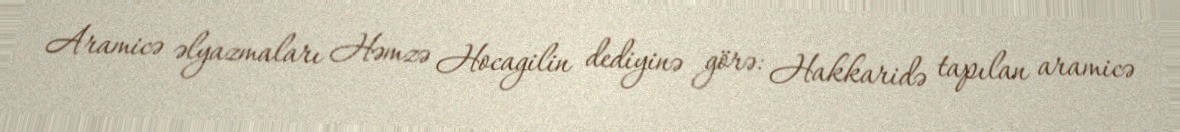
Aramicə əlyazmaları Həmzə Hocagilin dediyinə görə: Hakkaridə tapılan aramicə